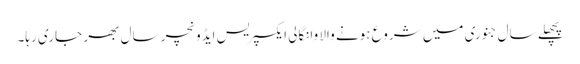
پچھلے سال جنوری میں شروع ہونے والا وانگالی ایکسپریس ایڈونچر سال بھر جاری رہا۔